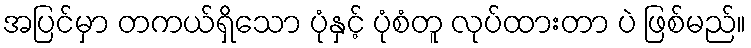
အပြင်မှာ တကယ်ရှိသော ပုံနှင့် ပုံစံတူ လုပ်ထားတာ ပဲ ဖြစ်မည်။